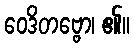
ဝေဒိတဗ္ဗော၊ ၏။